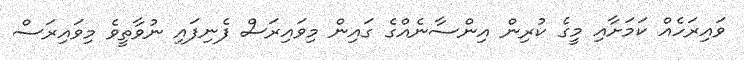
ވައިރަހެއް ކަމަށާއި މީގެ ކުރިން އިންސާނެއްގެ ގައިން މިވައިރަސް ފެނިފައި ނުވާތީވެ މިވައިރަސް